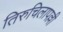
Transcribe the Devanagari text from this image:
तिरुचिलापल्ली